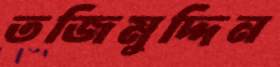
তজিমুদ্দিন